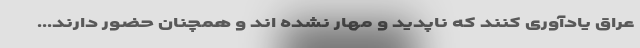
عراق یادآوری کنند که ناپدید و مهار نشده اند و همچنان حضور دارند...